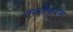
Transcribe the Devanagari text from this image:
तक्तीकरण